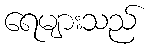
ရေများသည်